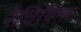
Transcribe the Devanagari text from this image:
रचियिता